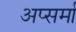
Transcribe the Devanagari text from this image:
अप्सर्मा